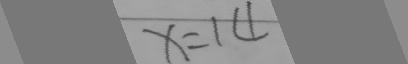
x = 1 4